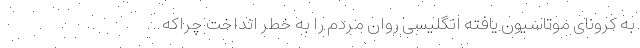
به کرونای موتاسیون یافته انگلیسی روان مردم را به خطر انداخت چراکه